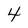
Character: 4